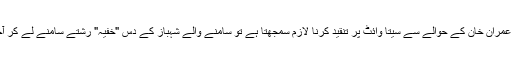
اگر کوئی عمران خان کے حوالے سے سیتا وائٹ پر تنقید کرنا لازم سمجھتا ہے تو سامنے والے شہباز کے دس "خفیہ" رشتے سامنے لے کر آجائیں گے۔